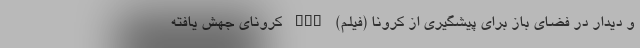
و دیدار در فضای باز برای پیشگیری از کرونا (فیلم) nan کرونای جهش یافته